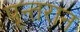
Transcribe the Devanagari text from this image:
पून्तरान